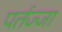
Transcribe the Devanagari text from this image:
पर्तज्जा